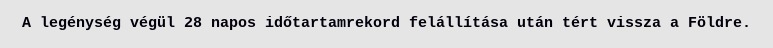
A legénység végül 28 napos időtartamrekord felállítása után tért vissza a Földre.